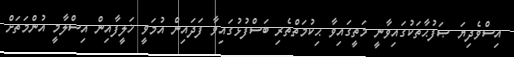
އިސްވެދިޔަ ޞަފުޙާތަކުގައިވާނީ މަތީގައިވާ ޙިކުމަތްތެރި ބަސްފުޅުގައިވާ ފަދައިން އުމަވީ ޚަލީފާއިން އިސްލާމީ އުންމަތަށް